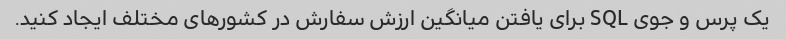
یک پرس و جوی SQL برای یافتن میانگین ارزش سفارش در کشورهای مختلف ایجاد کنید.